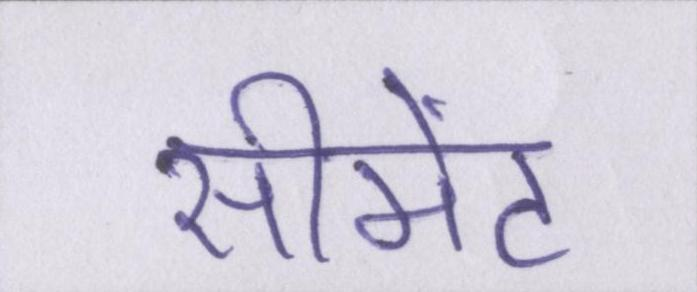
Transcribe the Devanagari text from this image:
सीमेंट